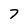
Character: 7